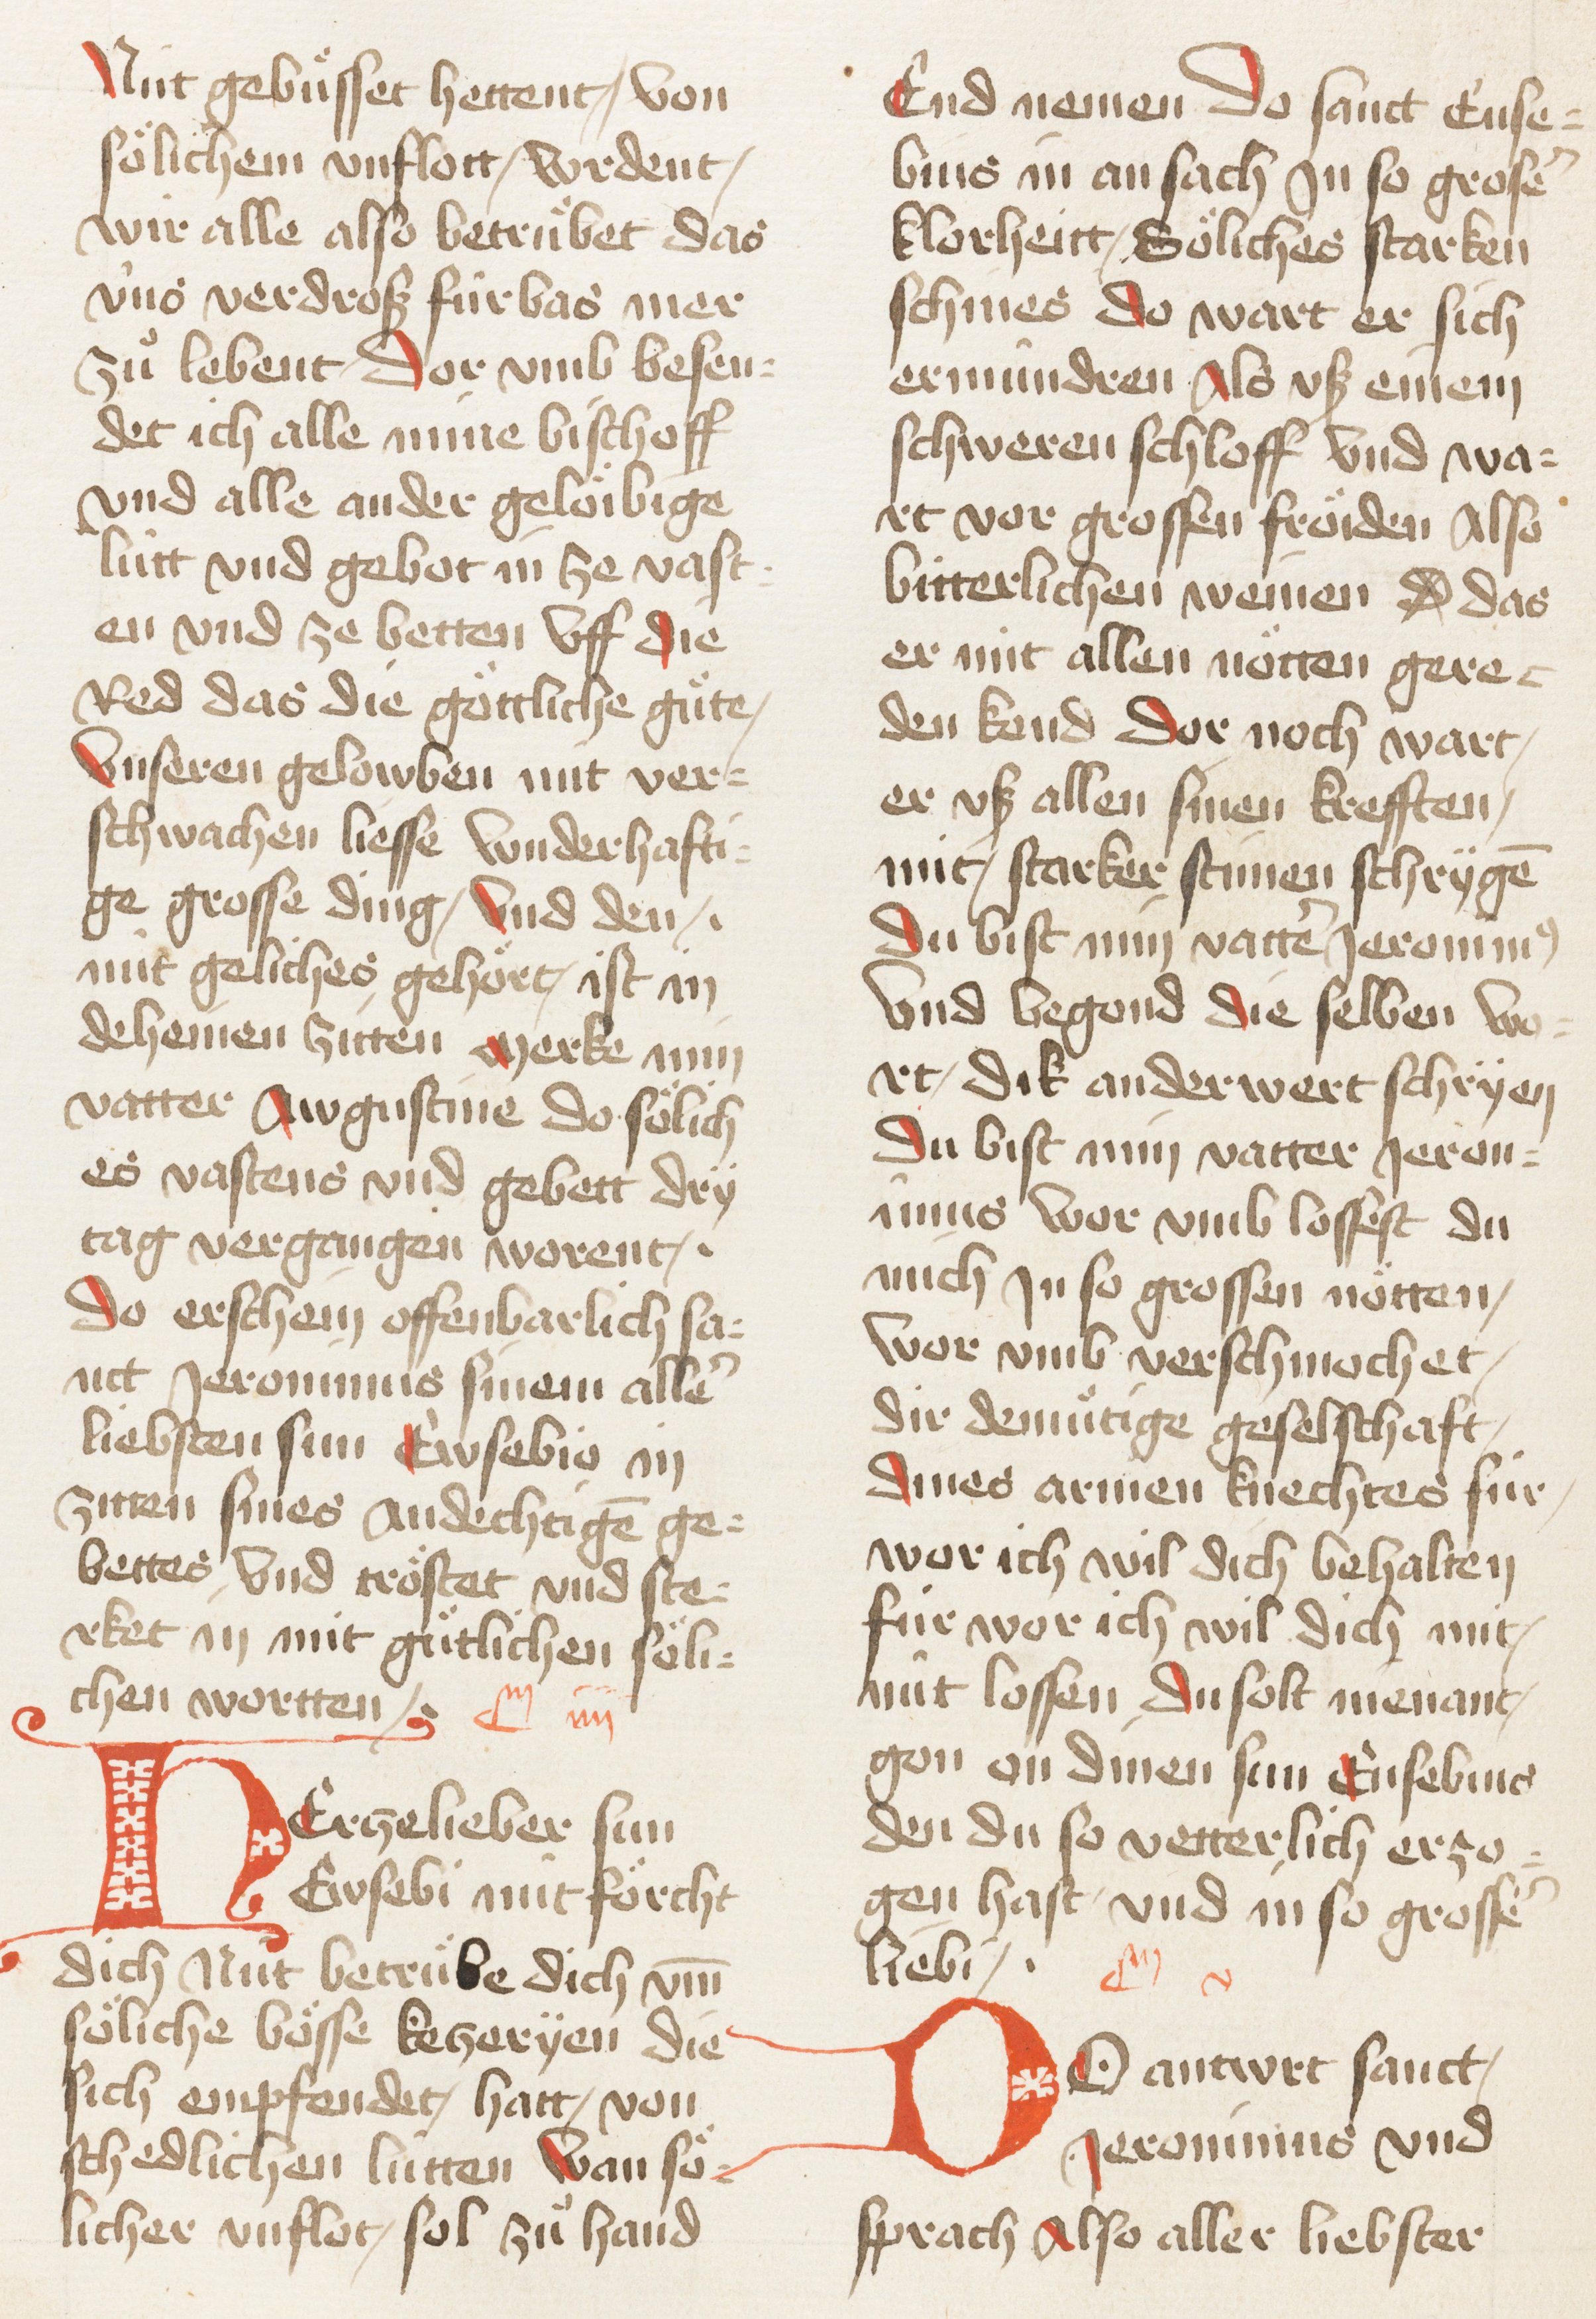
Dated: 1467–1467